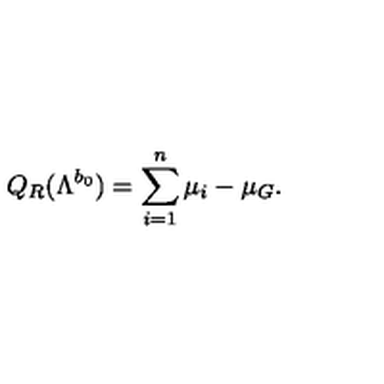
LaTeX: Q _ { R } ( \Lambda ^ { b _ { 0 } } ) = \sum _ { i = 1 } ^ { n } \mu _ { i } - \mu _ { G } .